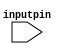
module inputpin (
  input wire [7:0] inputpin
);
  // Your code here
endmodule